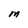
Character: M